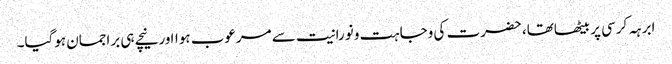
ابرہہ کرسی پر بیٹھاتھا، حضرت کی وجاہت و نورانیت سے مرعوب ہوااورنیچے ہی براجمان ہوگیا۔